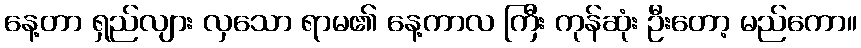
နေ့တာ ရှည်လျား လှသော ရာမ၏ နေ့ကာလ ကြီး ကုန်ဆုံး ဦးတော့ မည်ကော။